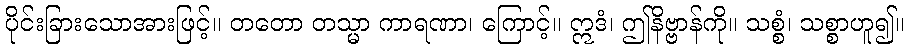
ပိုင်းခြားသောအားဖြင့်။ တတော တသ္မာ ကာရဏာ၊ ကြောင့်။ ဣဒံ၊ ဤနိဗ္ဗာန်ကို။ သစ္စံ၊ သစ္စာဟူ၍။